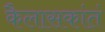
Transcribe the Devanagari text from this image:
कैलासकांतं